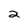
Character: 2